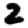
Digit: 2